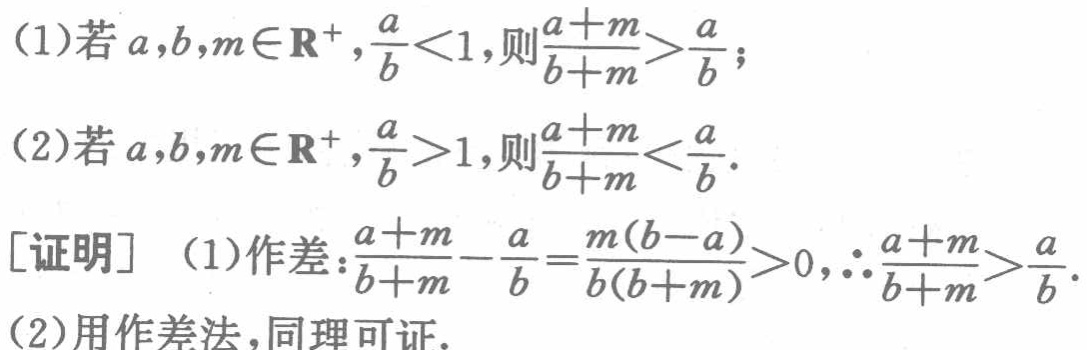
(1)若\(a,b,m\in\mathbb{R}^{+},\frac{a}{b}<1\),则\(\frac{a + m}{b + m}>\frac{a}{b}\);

(2)若\(a,b,m\in\mathbb{R}^{+},\frac{a}{b}>1\),则\(\frac{a + m}{b + m}<\frac{a}{b}\).

[证明] (1)作差：\(\frac{a + m}{b + m}-\frac{a}{b}=\frac{m(b - a)}{b(b + m)}>0\),\(\therefore\frac{a + m}{b + m}>\frac{a}{b}\).

(2)用作差法,同理可证.